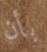
بأن